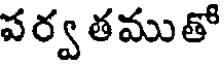
పర్వ తముతో